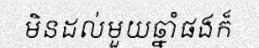
មិនដល់មួយឆ្នាំផងក៏